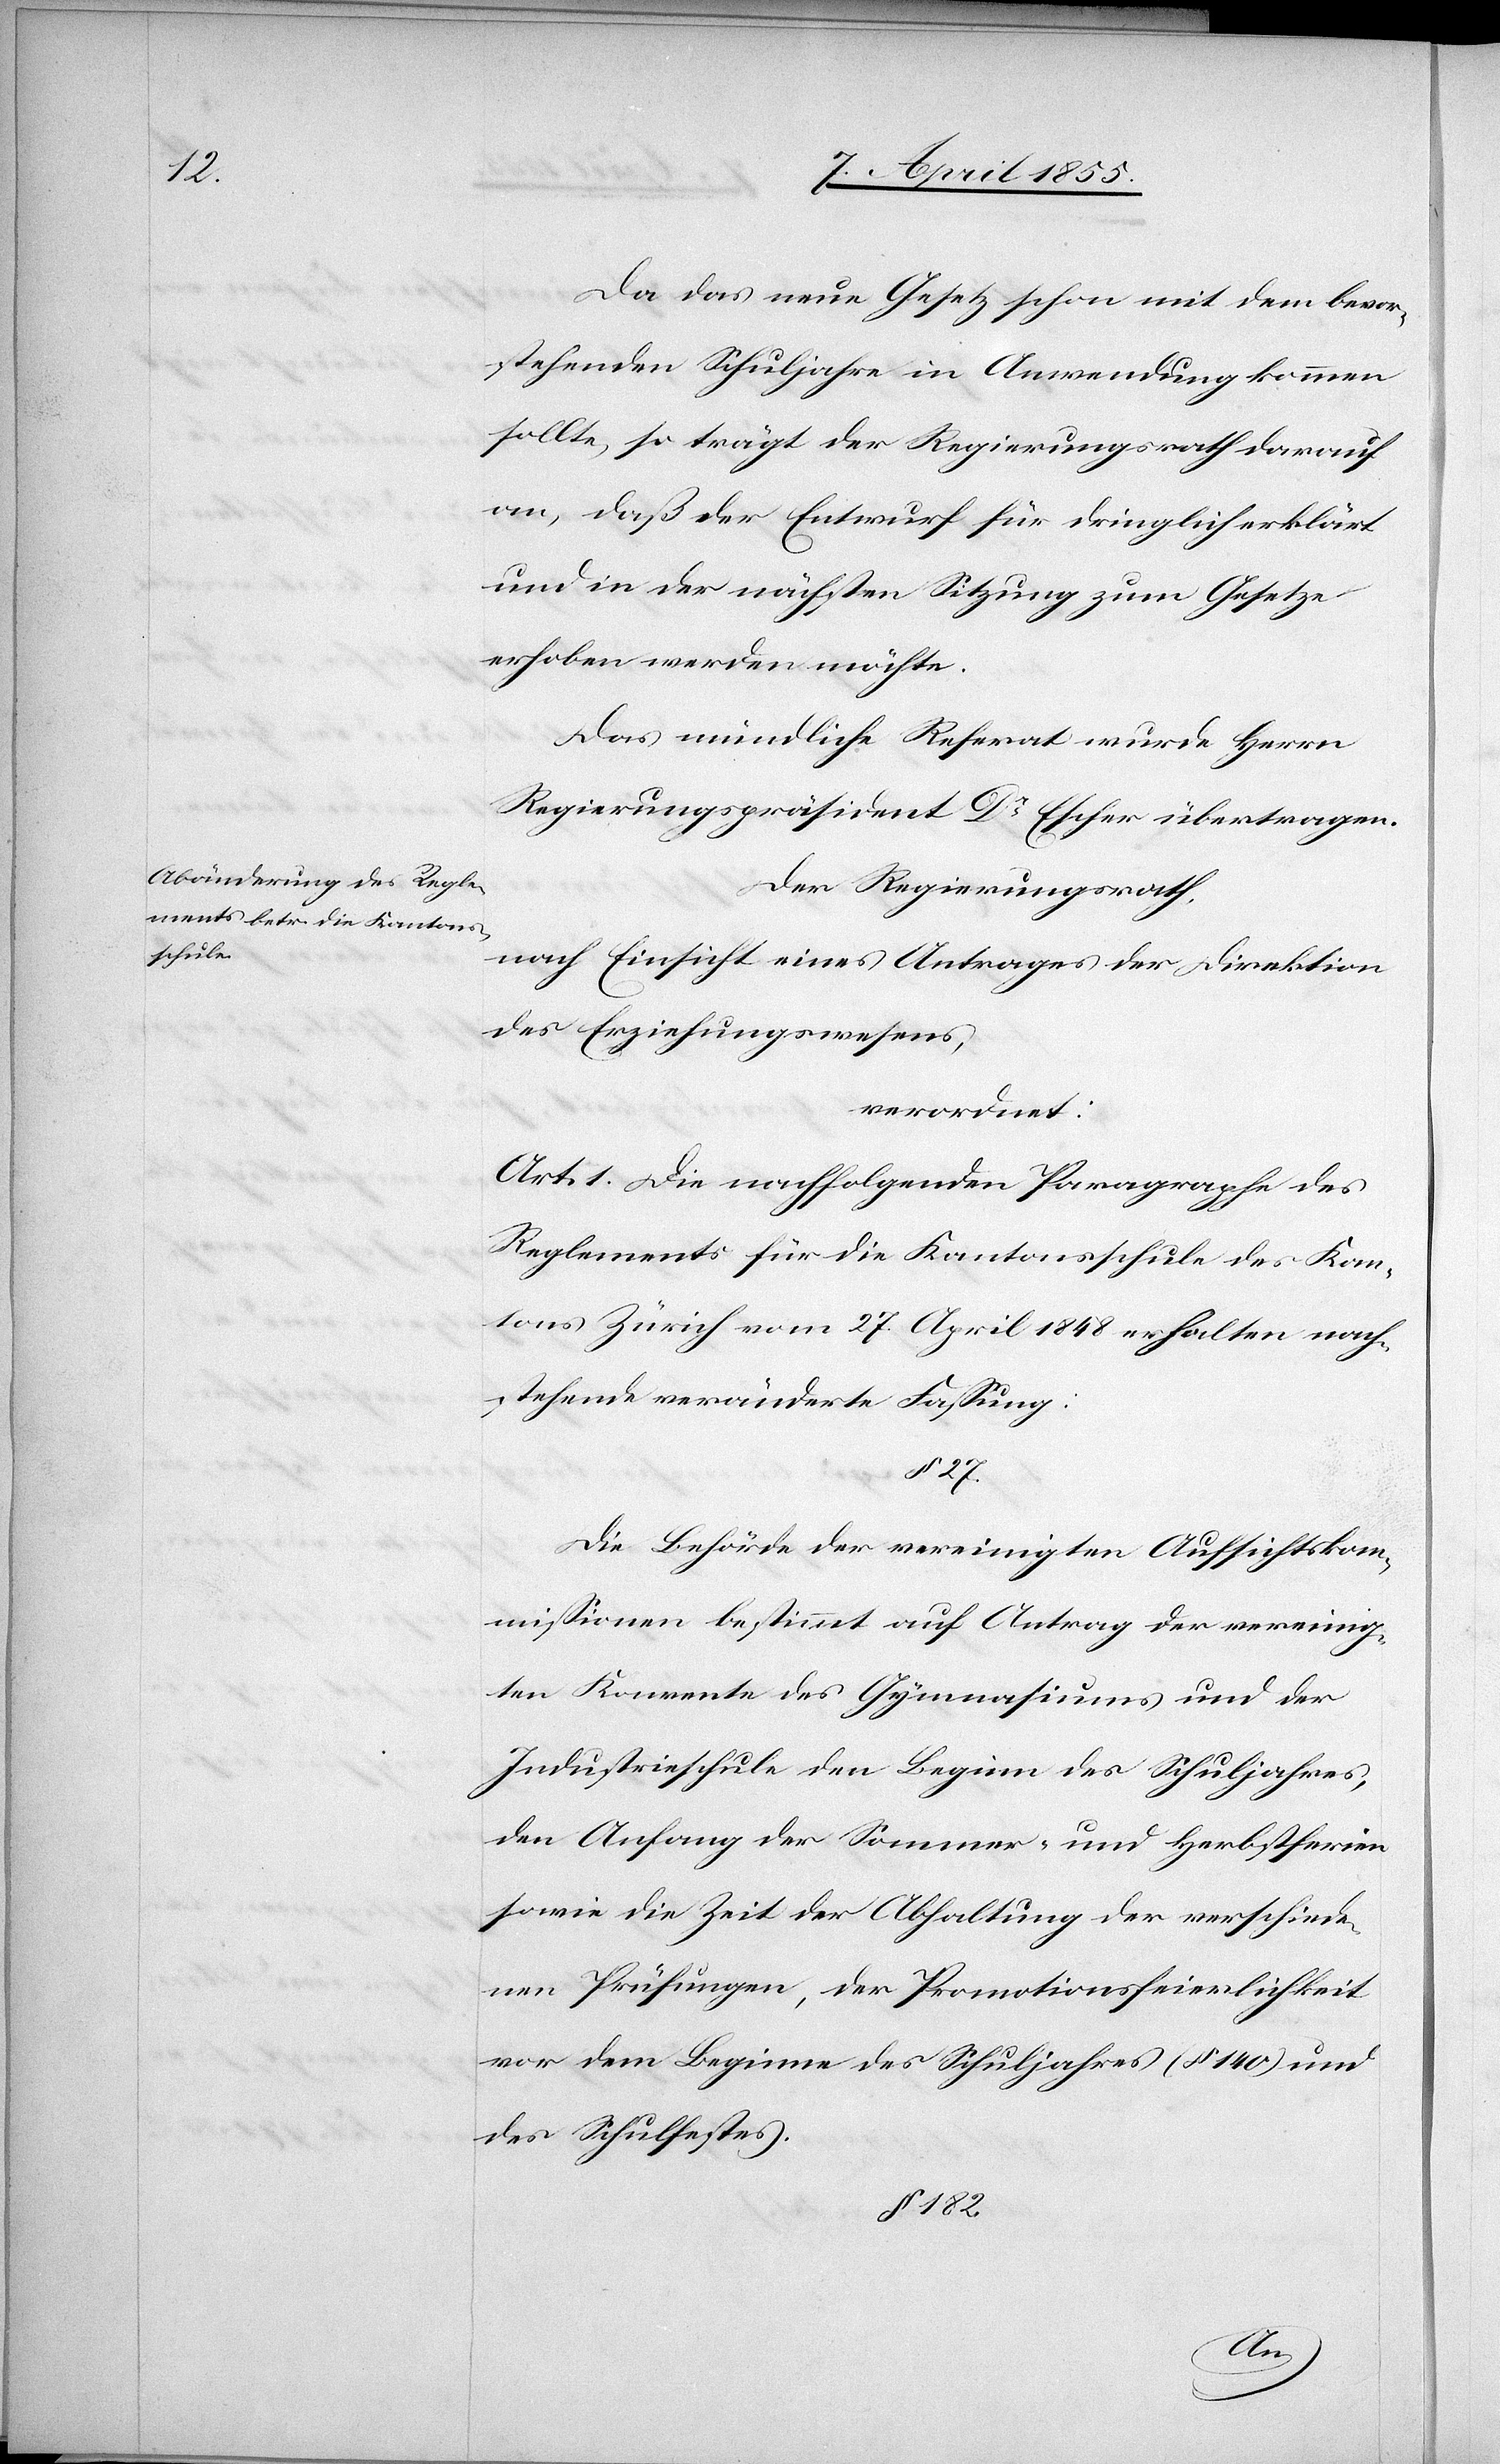
Da das neue Gesetz schon mit dem bevor¬
stehenden Schuljahre in Anwendung kommen
sollte, so trägt der Regierungsrath darauf
an, daß der Entwurf für dringlich erklärt
und in der nächsten Sitzung zum Gesetze
erhoben werden möchte.
Das mündliche Referat wurde Herrn
Regierungspräsident Dr Escher übertragen.
Der Regierungsrath,
nach Einsicht eines Antrages der Direktion
des Erziehungswesens,
verordnet:
Art. 1. Die nachfolgenden Paragraphe[n] des
Reglements für die Kantonsschule des Kan¬
tons Zürich vom 27. April 1848 erhalten nach¬
stehende veränderte Fassung:
§ 27.
Die Behörde der vereinigten Aufsichtskom¬
missionen bestimmt auf Antrag der vereinig¬
ten Konvente des Gymnasiums und der
Industrieschule den Beginn des Schuljahres,
den Anfang der Sommer- und Herbstferien
sowie die Zeit der Abhaltung der verschiede¬
nen Prüfungen, der Promotionsfeierlichkeit
vor dem Beginne des Schuljahres (§ 140) und
des Schulfestes.
§ 182.